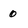
Character: 0